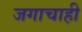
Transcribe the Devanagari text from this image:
जगाचाही